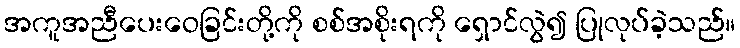
အကူအညီပေးဝေခြင်းတို့ကို စစ်အစိုးရကို ရှောင်လွဲ၍ ပြုလုပ်ခဲ့သည်။